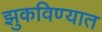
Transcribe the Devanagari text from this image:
झुकविण्यात